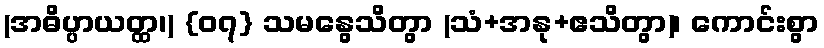
(အဓိပ္ပာယတ္ထ၊) {၀၇} သမနွေသိတွာ (သံ+အနု+ဧသိတွာ)၊ ကောင်းစွာ